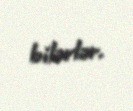
bilərlər.